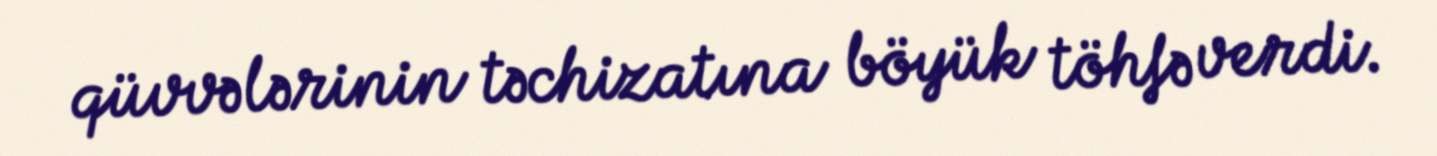
qüvvələrinin təchizatına böyük töhfə verdi.